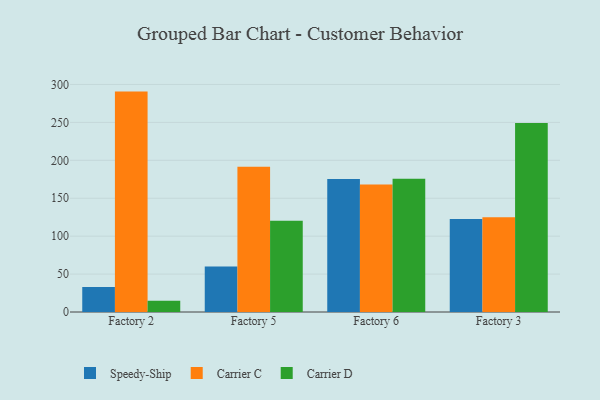
{"axis": {"x": "Factory", "y": "Humidity (%)"}, "legend": ["Carrier C", "Carrier D", "Speedy-Ship"], "data": [{"x": "Factory 2", "y": 33.0, "type": "Speedy-Ship"}, {"x": "Factory 2", "y": 290.6, "type": "Carrier C"}, {"x": "Factory 2", "y": 14.8, "type": "Carrier D"}, {"x": "Factory 5", "y": 60.0, "type": "Speedy-Ship"}, {"x": "Factory 5", "y": 191.5, "type": "Carrier C"}, {"x": "Factory 5", "y": 120.3, "type": "Carrier D"}, {"x": "Factory 6", "y": 175.2, "type": "Speedy-Ship"}, {"x": "Factory 6", "y": 168.1, "type": "Carrier C"}, {"x": "Factory 6", "y": 175.7, "type": "Carrier D"}, {"x": "Factory 3", "y": 122.5, "type": "Speedy-Ship"}, {"x": "Factory 3", "y": 124.8, "type": "Carrier C"}, {"x": "Factory 3", "y": 249.3, "type": "Carrier D"}]}